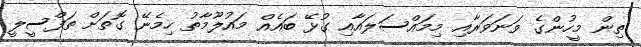
ތިން މީހުންގެ ވަނަވަރާއި މިމައްސަލައާއި ގުޅޭ ބައެއް މައުލޫމާތު ހިމެނޭ ގޮތަށް ތަފްސީލީ